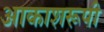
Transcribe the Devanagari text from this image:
आकाशरूपी